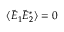
\langle \Tilde { E } _ { 1 } \Tilde { E } _ { 2 } ^ { * } \rangle = 0